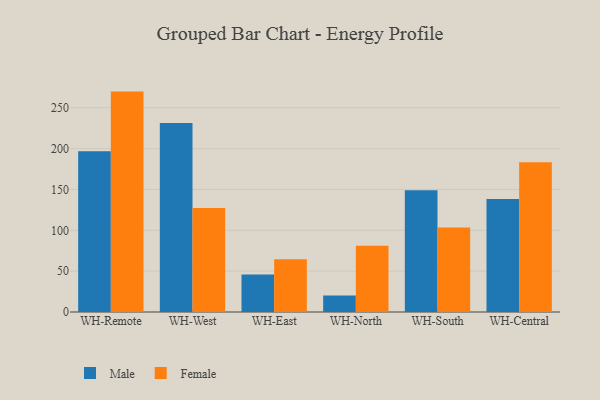
{"axis": {"x": "Warehouse", "y": "Humidity (%)"}, "legend": ["Female", "Male"], "data": [{"x": "WH-Remote", "y": 196.7, "type": "Male"}, {"x": "WH-Remote", "y": 269.8, "type": "Female"}, {"x": "WH-West", "y": 231.5, "type": "Male"}, {"x": "WH-West", "y": 127.4, "type": "Female"}, {"x": "WH-East", "y": 45.9, "type": "Male"}, {"x": "WH-East", "y": 64.7, "type": "Female"}, {"x": "WH-North", "y": 20.1, "type": "Male"}, {"x": "WH-North", "y": 81.2, "type": "Female"}, {"x": "WH-South", "y": 149.0, "type": "Male"}, {"x": "WH-South", "y": 103.3, "type": "Female"}, {"x": "WH-Central", "y": 138.4, "type": "Male"}, {"x": "WH-Central", "y": 183.3, "type": "Female"}]}